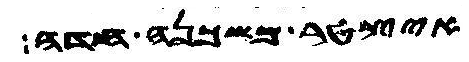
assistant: איצטר משכנה חדה